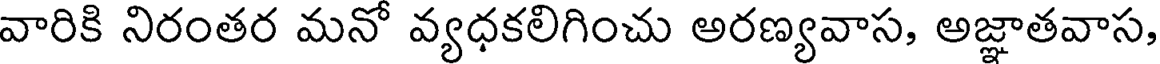
వారికి నిరంతర మనో వ్యధకలిగించు అరణ్యవాస, అజ్ఞాతవాస,